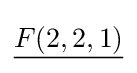
{\underline {F(2,2,1)}}